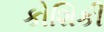
કોશિકી